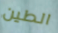
الطين